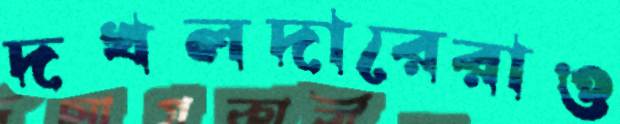
দখলদারেরাও